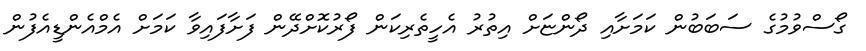
ގޯސްވުމުގެ ސަބަބުން ކަަމަށާއި ދޯންޏަށް އިތުރު އެހީތެރިކަން ފޯރުކޮށްދޭން ފަށާފައިވާ ކަމަށް އެމްއެންޑީއެފުން